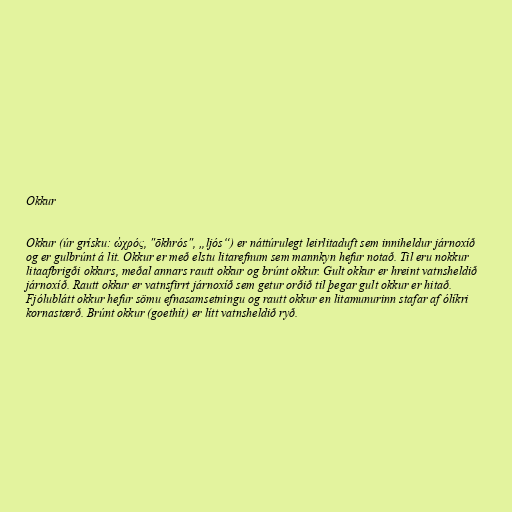
Okkur

Okkur (úr grísku: ὠχρός, "ōkhrós", „ljós“) er náttúrulegt leirlitaduft sem inniheldur járnoxíð
og er gulbrúnt á lit. Okkur er með elstu litarefnum sem mannkyn hefur notað. Til eru nokkur
litaafbrigði okkurs, meðal annars rautt okkur og brúnt okkur. Gult okkur er hreint vatnsheldið
járnoxíð. Rautt okkur er vatnsfirrt járnoxíð sem getur orðið til þegar gult okkur er hitað.
Fjólublátt okkur hefur sömu efnasamsetningu og rautt okkur en litamunurinn stafar af ólíkri
kornastærð. Brúnt okkur (goethít) er lítt vatnsheldið ryð.